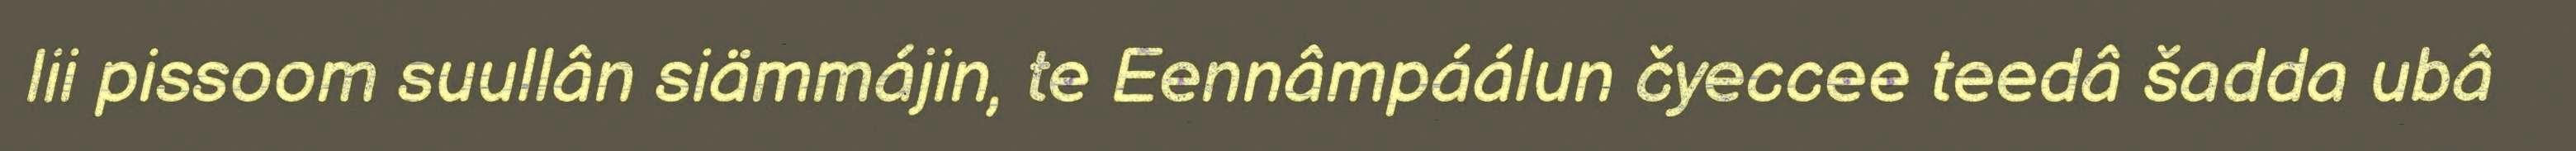
lii pissoom suullân siämmájin, te Eennâmpáálun čyeccee teedâ šadda ubâ